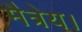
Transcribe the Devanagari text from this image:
मैत्रेय।